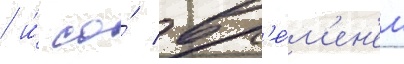
/ и́ со́ вр'е́м'ен'ем